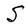
Character: S